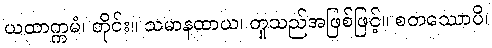
ယထာက္ကမံ၊ တိုင်း။ သမာနထာယ၊ တူသည်အဖြစ်ဖြင့်။ စတဿောပိ၊